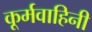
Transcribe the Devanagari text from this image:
कूर्मवाहिनी